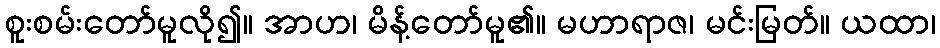
စူးစမ်းတော်မူလို၍။ အာဟ၊ မိန့်တော်မူ၏။ မဟာရာဇ၊ မင်းမြတ်။ ယထာ၊